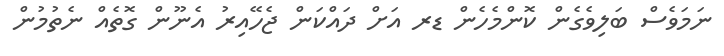
ނަމަވެސް ބަލިވެގެން ކޮންމެހެން ޑރ އަށް ދައްކަން ޖެހޭއިރު އެނޫން ގޮތެއް ނެތުމުން